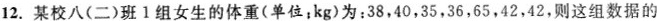
12.某校八(二)班1组女生的体重(单位：kg)为：38，40，35，36，65，42，42，则这组数据的